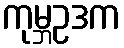
ကုမ္ဘဥဒက